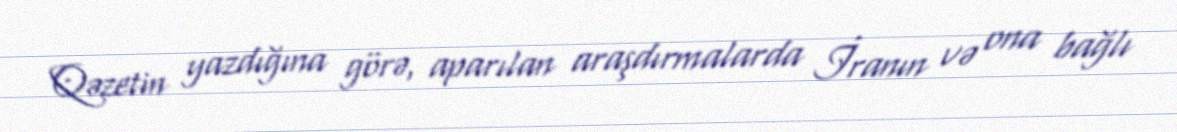
Qəzetin yazdığına görə, aparılan araşdırmalarda İranın və ona bağlı